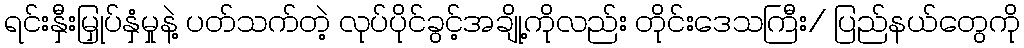
ရင်းနှီးမြှုပ်နှံမှုနဲ့ ပတ်သက်တဲ့ လုပ်ပိုင်ခွင့်အချို့ကိုလည်း တိုင်းဒေသကြီး/ ပြည်နယ်တွေကို